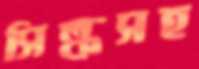
সিল্কসহ